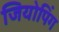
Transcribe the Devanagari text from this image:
जियोपिंग